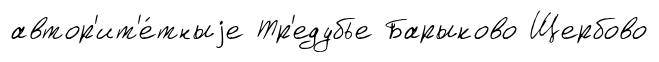
автор'ит'е́тныjе Тр'едубье Барыково Щербово